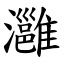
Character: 灉